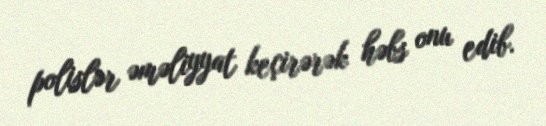
polislər əməliyyat keçirərək həbs onu edib.